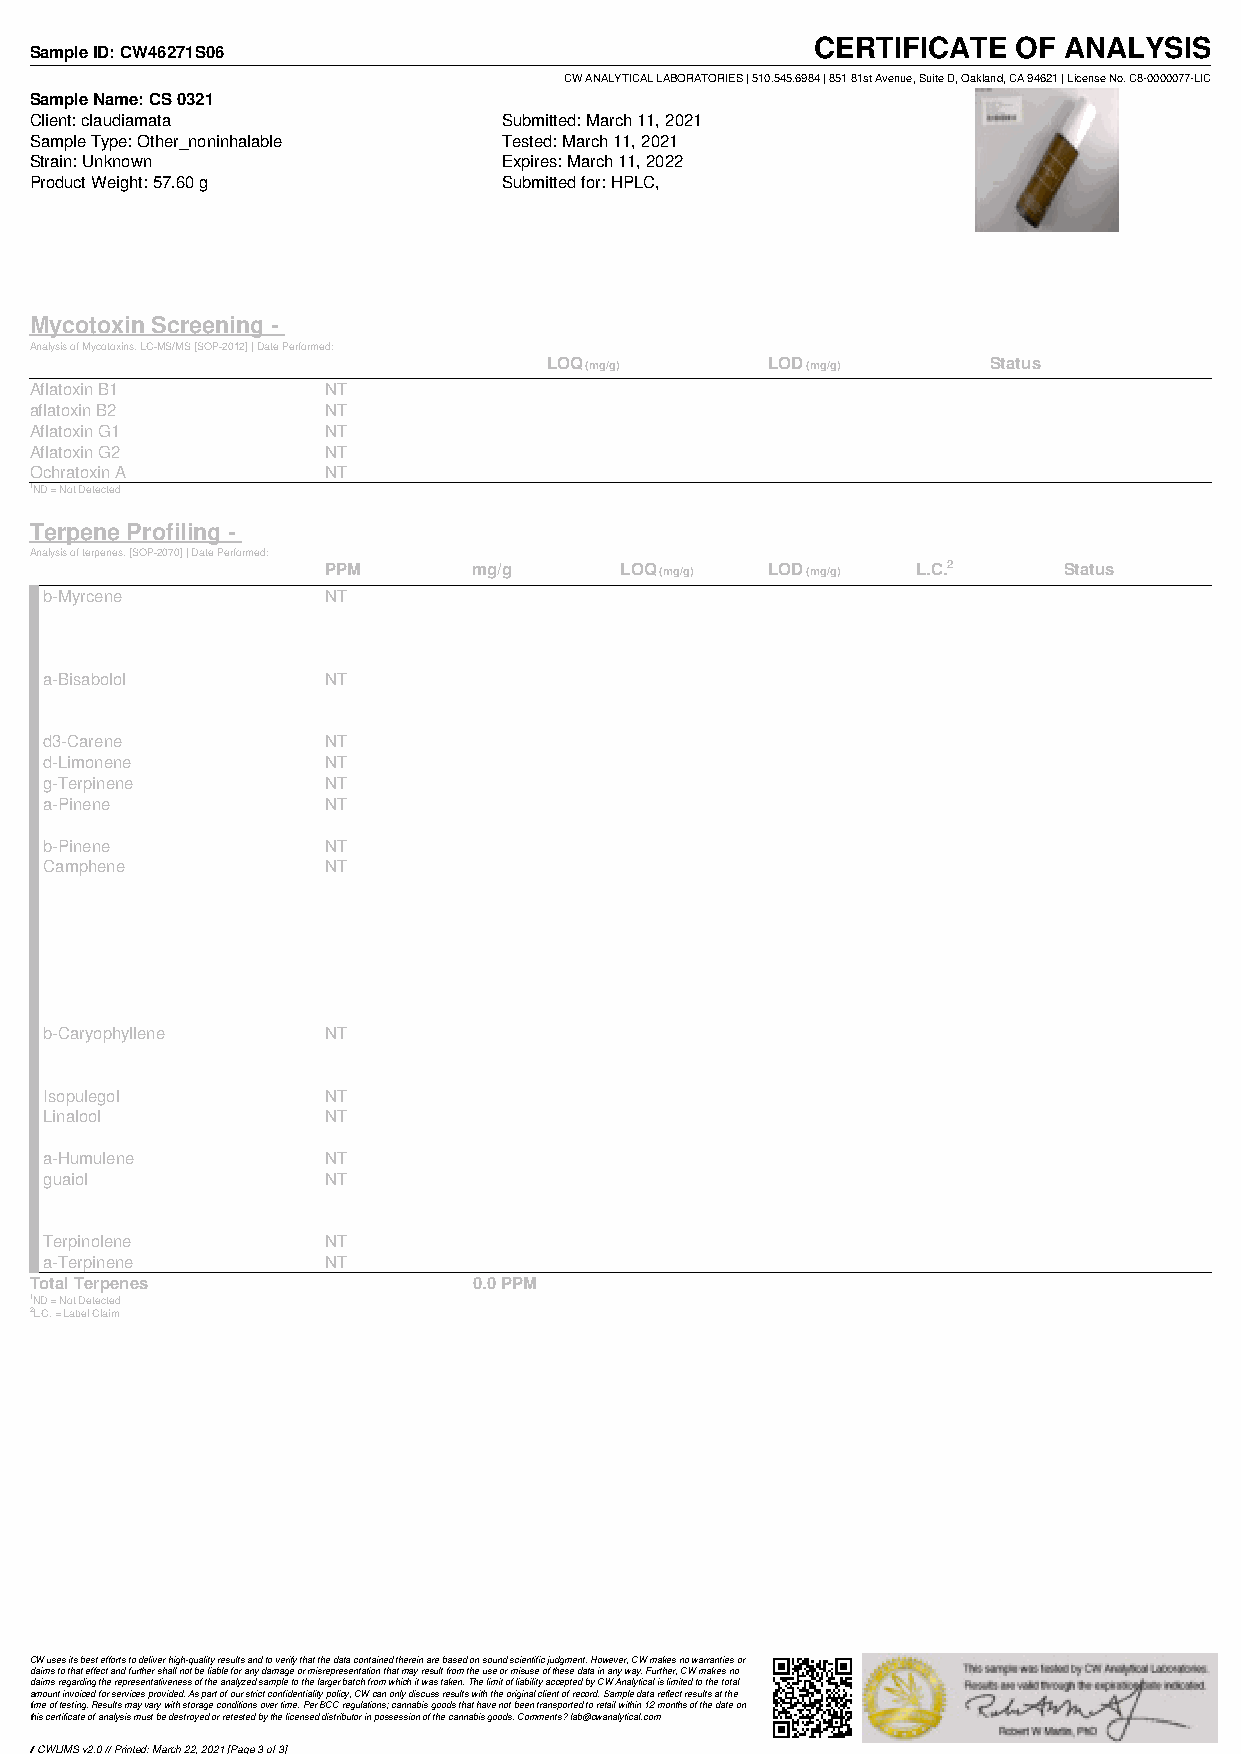
CERTIFICATE  OF ANALYSIS
 Sample ID: CW46271S06
 CW ANALYTICAL LABORATORIES | 510.545.6984 | 851 81st Avenue, Suite D, Oakland, CA 94621 | License No. C8-0000077-LIC
 Sample Name: CS 0321
 Client: claudiamata            Submitted: March 11, 2021
 Sample Type: Other_noninhalable Tested: March 11, 2021
 Strain: Unknown                Expires: March 11, 2022
 Product Weight: 57.60 g        Submitted for: HPLC,
 Mycotoxin Screening -
 Analysis of Mycotoxins. LC-MS/MS [SOP-2012] | Date Performed:
 LOQ (mg/g)     LOD (mg/g)    Status
 Aflatoxin B1        NT
 aflatoxin B2        NT
 Aflatoxin G1        NT
 Aflatoxin G2        NT
 Ochratoxin A        NT
 1ND = Not Detected
 Terpene Profiling -
 Analysis of terpenes. [SOP-2070] | Date Performed:
 PPM      mg/g      LOQ (mg/g) LOD (mg/g) L.C.2  Status
 b-Myrcene          NT
 a-Bisabolol        NT
 d3-Carene          NT
 d-Limonene         NT
 g-Terpinene        NT
 a-Pinene           NT
 b-Pinene           NT
 Camphene           NT
 b-Caryophyllene    NT
 Isopulegol         NT
 Linalool           NT
 a-Humulene         NT
 guaiol             NT
 Terpinolene        NT
 a-Terpinene        NT
 Total Terpenes               0.0 PPM
 1ND = Not Detected
 2L.C. = Label Claim
 CW uses its best efforts to deliver high-quality results and to verify that the data contained therein are based on sound scientific judgment. However, CW makes no warranties or
 claims to that effect and further shall not be liable for any damage or misrepresentation that may result from the use or misuse of these data in any way. Further, CW makes no
 claims regarding the representativeness of the analyzed sample to the larger batch from which it was taken. The limit of liability accepted by CW Analytical is limited to the total
 amount invoiced for services provided. As part of our strict confidentiality policy, CW can only discuss results with the original client of record. Sample data reflect results at the
 time of testing. Results may vary with storage conditions over time. Per BCC regulations; cannabis goods that have not been transported to retail within 12 months of the date on
 this certificate of analysis must be destroyed or retested by the licensed distributor in possession of the cannabis goods. Comments? lab@cwanalytical.com
 Powered by TCPDF (www.tcpdf./org/) CWLIMS v2.0 // Printed: March 22, 2021 [Page 3 of 3]